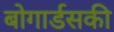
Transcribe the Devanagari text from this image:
बोगार्डसकी